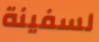
لسفينة